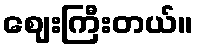
ဈေးကြီးတယ်။